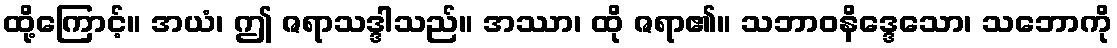
ထို့ကြောင့်။ အယံ၊ ဤ ဇရာသဒ္ဒါသည်။ အဿာ၊ ထို ဇရာ၏။ သဘာဝနိဒ္ဒေသော၊ သဘောကို